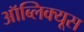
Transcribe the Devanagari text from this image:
ऑब्लिक्यूस